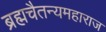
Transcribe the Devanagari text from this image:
ब्रह्मचैतन्यमहाराज